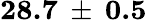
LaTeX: \mathbf{28.7\: \pm{\: 0.5}}